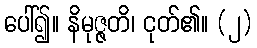
ပေါ်၍။ နိမုဇ္ဇတိ၊ ငုတ်၏။ (၂)